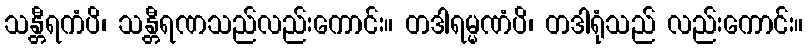
သန္တီရကံပိ၊ သန္တီရဏသည်လည်းကောင်း။ တဒါရမ္မဏံပိ၊ တဒါရုံသည် လည်းကောင်း။